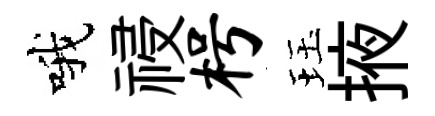
哦祲枵珏掖